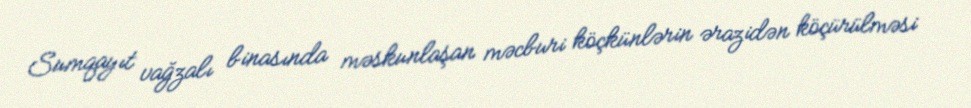
Sumqayıt vağzalı binasında məskunlaşan məcburi köçkünlərin ərazidən köçürülməsi